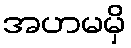
အဟမမှိ